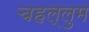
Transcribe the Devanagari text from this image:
चहल्लुम